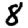
Digit: 8